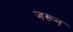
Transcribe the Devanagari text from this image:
जरून